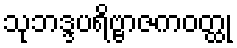
သုဘဒ္ဒပရိဗ္ဗာဇကဝတ္ထု